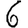
Digit: 6